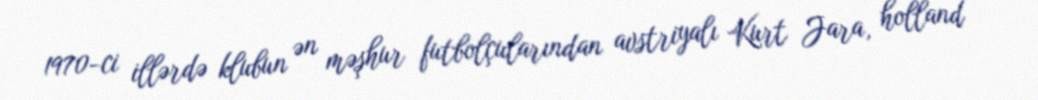
1970-ci illərdə klubun ən məşhur futbolçularından avstriyalı Kurt Jara, holland